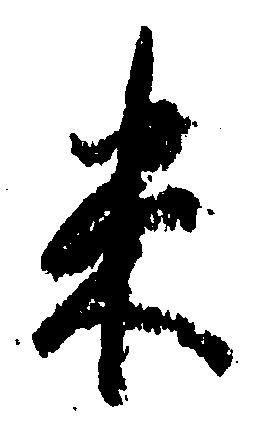
米